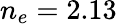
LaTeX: n_{e}=2.13